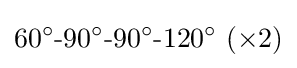
60^{\circ }{\text{-}}90^{\circ }{\text{-}}90^{\circ }{\text{-}}120^{\circ }~(\times 2)